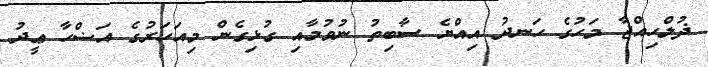
ޛުލްހިއްޖާ މަހުގެ ހަނދު އިއްޔެ ސާބިތު ނުވުމާއި ގުޅިގެން މިއަހަރުގެ އަޟްހާ ޢީދު